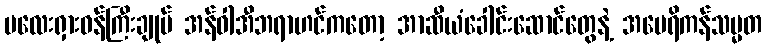
မလေးရှားဝန်ကြီးချုပ် အန်ဝါအီဘရာဟင်ကတော့ အာဆီယံခေါင်းဆောင်တွေနဲ့ အမေရိကန်သမ္မတ